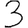
Digit: 3